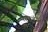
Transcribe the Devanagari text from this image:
वेसेरुबंग